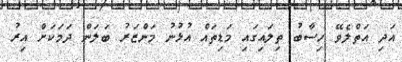
އަދި އަތްލެވޭ ހިސާބު ތިލައިގައި މަޑިތައް އުޅުނު މަންޒަރު ބަލަން ދަމަކަށް އިރު